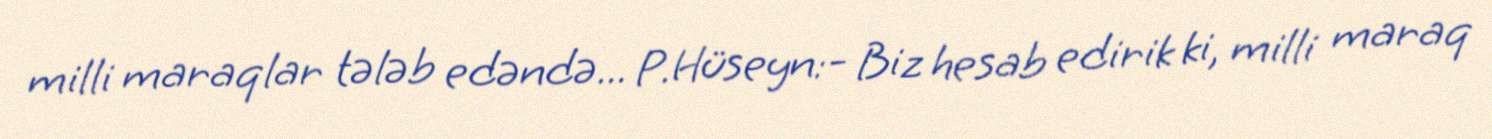
milli maraqlar tələb edəndə... P.Hüseyn:- Biz hesab edirik ki, milli maraq